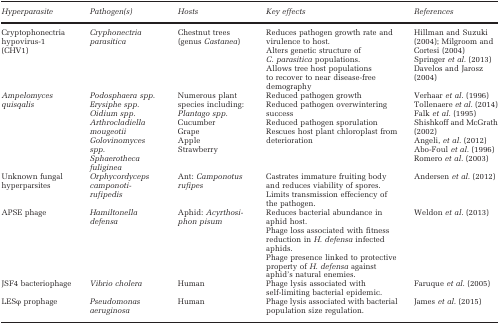
<table><thead><tr><td><b><i>Hyperparasite</i></b></td><td><b><i>Pathogen(s)</i></b></td><td><b><i>Hosts</i></b></td><td><b><i>Key effects</i></b></td><td><b><i>References</i></b></td></tr></thead><tbody><tr><td>Cryptophonectria hypovirus-1 (CHV1)</td><td><i>Cryphonectria parasitica</i></td><td>Chestnut trees (genus <i>Castanea</i>)</td><td>Reduces pathogen growth rate and virulence to host.Alters genetic structure of <i>C. parasitica</i> populations.Allows tree host populations to recover to near disease-free demography</td><td>Hillman and Suzuki (2004); Milgroom and Cortesi (2004)Springer <i>et al.</i> (2013)Davelos and Jarosz (2004)</td></tr><tr><td><i>Ampelomyces quisqalis</i></td><td><i>Podosphaera spp.</i><i>Erysiphe spp.</i><i>Oidium spp.</i><i>Arthrocladiella mougeotii</i><i>Golovinomyces spp.</i><i>Sphaerotheca fuliginea</i></td><td>Numerous plant species including:<i>Plantago spp.</i>CucumberGrapeAppleStrawberry</td><td>Reduced pathogen growthReduced pathogen overwintering successReduced pathogen sporulationRescues host plant chloroplast from deterioration</td><td>Verhaar <i>et al.</i> (1996)Tollenaere <i>et al.</i> (2014)Falk <i>et al.</i> (1995)Shishkoff and McGrath (2002)Angeli, <i>et al.</i> (2012)Abo-Foul <i>et al.</i> (1996)Romero <i>et al.</i> (2003)</td></tr><tr><td>Unknown fungal hyperparsites</td><td><i>Orphycordyceps camponoti-rufipedis</i></td><td>Ant: <i>Camponotus rufipes</i></td><td>Castrates immature fruiting body and reduces viability of spores.Limits transmission effeciency of the pathogen.</td><td>Andersen <i>et al.</i> (2012)</td></tr><tr><td>APSE phage</td><td><i>Hamiltonella defensa</i></td><td>Aphid: <i>Acyrthosiphon pisum</i></td><td>Reduces bacterial abundance in aphid host. Phage loss associated with fitness reduction in <i>H. defensa</i> infected aphids.Phage presence linked to protective property of <i>H. defensa</i> against aphid&#x27;s natural enemies.</td><td>Weldon <i>et al.</i> (2013)</td></tr><tr><td>JSF4 bacteriophage</td><td><i>Vibrio cholera</i></td><td>Human</td><td>Phage lysis associated with self-limiting bacterial epidemic.</td><td>Faruque <i>et al.</i> (2005)</td></tr><tr><td>LESφ prophage</td><td><i>Pseudomonas aeruginosa</i></td><td>Human</td><td>Phage lysis associated with bacterial population size regulation.</td><td>James <i>et al.</i> (2015)</td></tr></tbody></table>